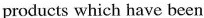
products which have been